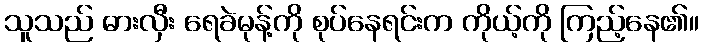
သူသည် ဓားလှီး ရေခဲမုန့်ကို စုပ်နေရင်းက ကိုယ့်ကို ကြည့်နေ၏။